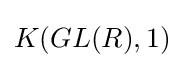
K(GL(R),1)